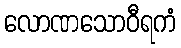
လောဏသောဝီရကံ